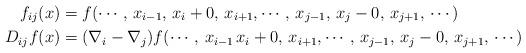
LaTeX: \begin{align*}f_{ij}(x) & =f(\cdots,\,x_{i-1},\,x_{i}+0,\,x_{i+1},\cdots,\,x_{j-1},\,x_{j}-0,\,x_{j+1},\,\cdots)\\D_{ij}f(x) & =(\nabla_{i}-\nabla_{j})f(\cdots,\,x_{i-1}\,x_{i}+0,\,x_{i+1},\cdots,\,x_{j-1},\,x_{j}-0,\,x_{j+1},\,\cdots)\end{align*}